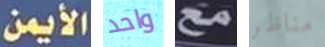
الأيمن واحد مع مناظر